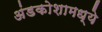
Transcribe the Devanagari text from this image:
अंडकोशामध्ये